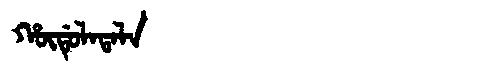
Manchu: ᡥᡡᡩᡠᠯᠠᡨᠠᠯᠠ
Romanization: HŪDULATALA